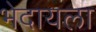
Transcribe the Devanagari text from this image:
भेदायला